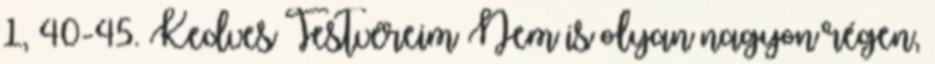
1, 40-45. Kedves Testvéreim Nem is olyan nagyon régen,